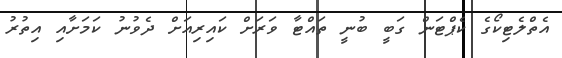
އެތްލެޓިކޯގެ ކެޕްޓަން ގަބީ ބުނީ ތައްޓާ ވަރަށް ކައިރިއަށް ދެވުނު ކަމަށާއި އިތުރު